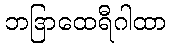
ဘဒြာထေရီဂါထာ